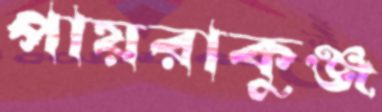
পায়রাকুঞ্জ